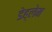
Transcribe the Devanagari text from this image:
डेह्लेम